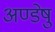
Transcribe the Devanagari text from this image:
अण्डेषु